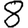
Digit: 8